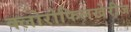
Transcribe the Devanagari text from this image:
क्लोरोफिलखेरीज